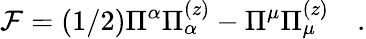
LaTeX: {\cal F}=(1/2)\Pi^{\alpha}\Pi_{\alpha}^{(z)}-\Pi^{\mu}\Pi_{\mu}^{(z)}\quad.